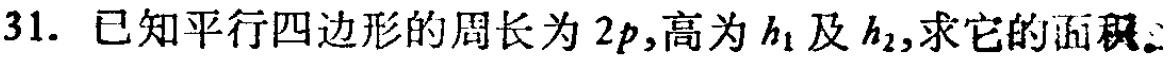
31. 已知平行四边形的周长为\(2p\)，高为\(h_{1}\)及\(h_{2}\)，求它的面积。